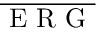
\overline { { \mathrm { ~ E ~ R ~ G ~ } } }